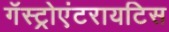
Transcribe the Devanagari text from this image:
गॅस्ट्रोएंटरायटिस